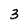
Character: 3